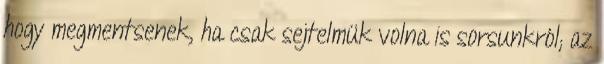
hogy megmentsenek, ha csak sejtelmük volna is sorsunkról; az